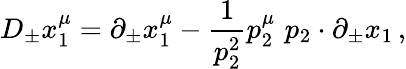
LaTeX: D_{\pm}x_{1}^{\mu}=\partial_{\pm}x_{1}^{\mu}-\frac 1{p_{2}^{2}}p_{2}^{\mu}\, \, p_{2}\cdot\partial_{\pm}x_{1}\, ,